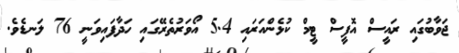
ޖަވާބުގައި ރައީސް އޮފީސް ޓީމް ކުޅެންއަރައި 5.4 އޯވަރުތެރޭގައި ހަދާފައިވަނީ 76 ލަނޑެވެ.